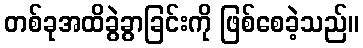
တစ်ခုအထိခွဲခွာခြင်းကို ဖြစ်စေခဲ့သည်။